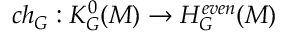
c h _ { G } : K _ { G } ^ { 0 } ( { \cal M } ) \to H _ { G } ^ { e v e n } ( { \cal M } )